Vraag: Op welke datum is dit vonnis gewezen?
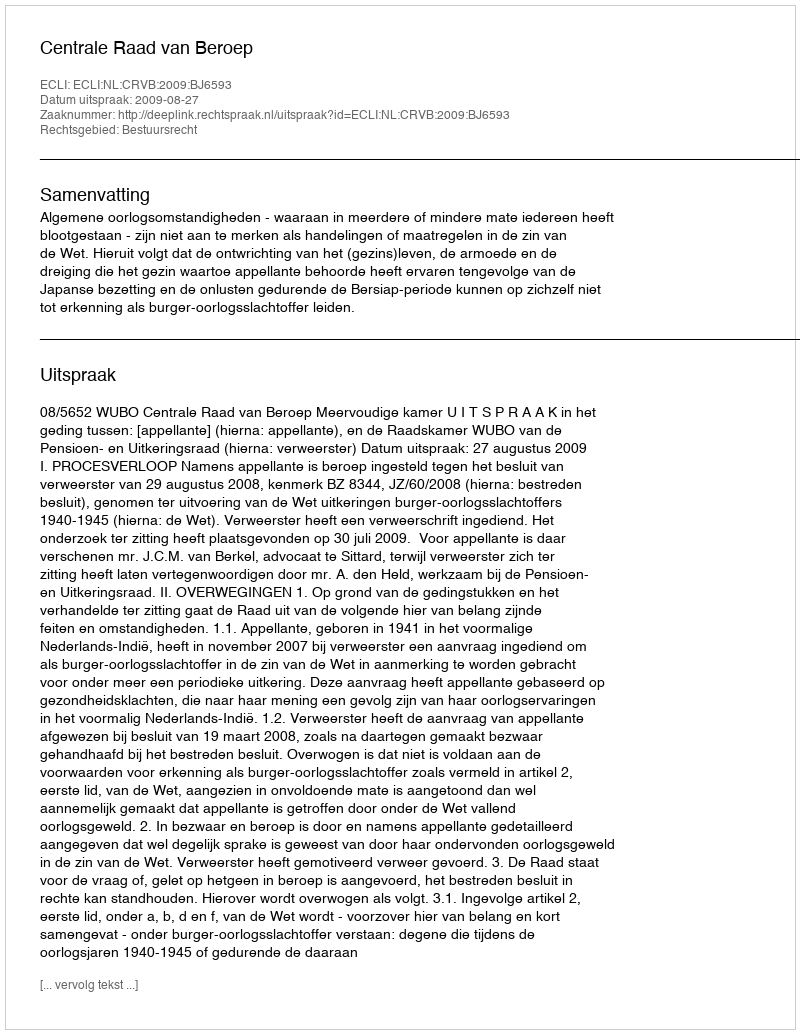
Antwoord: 2009-08-27